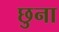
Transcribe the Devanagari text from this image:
छुना